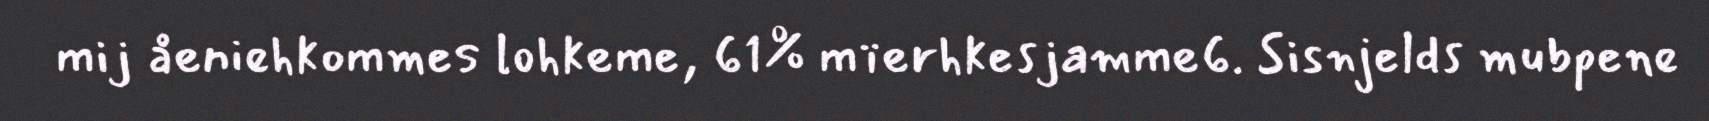
mij åeniehkommes lohkeme, 61% mïerhkesjamme6. Sisnjelds mubpene